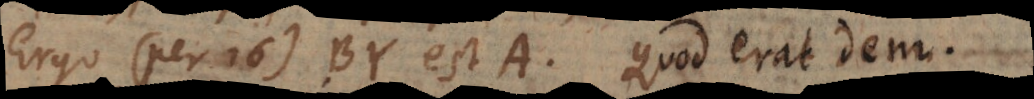
Ergo (per 16) BY est A. Quod erat dem.